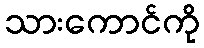
သားကောင်ကို